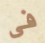
فى